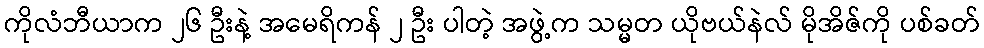
ကိုလံဘီယာက ၂၆ ဦးနဲ့ အမေရိကန် ၂ ဦး ပါတဲ့ အဖွဲ့က သမ္မတ ယိုဗယ်နဲလ် မိုအိဇ်ကို ပစ်ခတ်